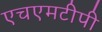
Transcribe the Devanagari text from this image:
एचएमटीपी